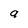
Character: a